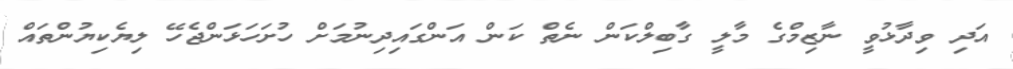
އަދި ވިދާޅުވީ ނާޒިމްގެ މާލީ ގާބިލްކަން ނެތް ކަން އަންގައިދިނުމަށް ހުށަހަޅަންޖެހޭ ލިޔެކިޔުންތައް